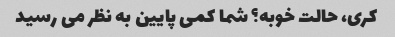
کری، حالت خوبه؟ شما کمی پایین به نظر می رسید